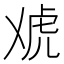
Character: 䖊